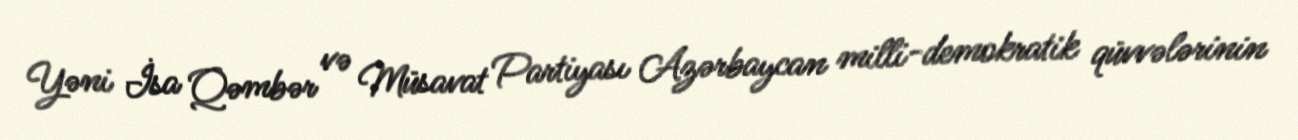
Yəni İsa Qəmbər və Müsavat Partiyası Azərbaycan milli-demokratik qüvvələrinin